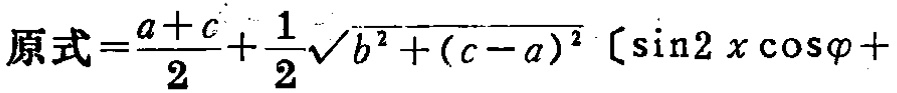
原式=\(\frac{a + c}{2}+\frac{1}{2}\sqrt{b^{2}+(c - a)^{2}}(\sin2x\cos\varphi+\)